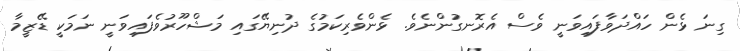
ގިނަ ޅެން ހައްދަވާފައިވަނީ ވެސް އެރޮނގުންނެވެ. ޅެންވެރިކަމުގެ ދުނިޔޭގައި މަޝްހޫރުވެފައިވަނީ ނަމަކީ ޑޭޒީމާ